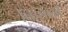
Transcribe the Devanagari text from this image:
किसानोें